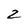
Character: 2